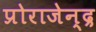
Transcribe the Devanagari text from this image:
प्रोराजेन्द्र